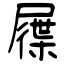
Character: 屧